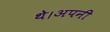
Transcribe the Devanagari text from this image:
थे।अपनी